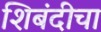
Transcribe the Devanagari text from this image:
शिबंदीचा